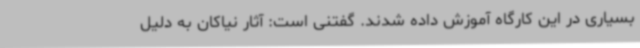
بسیاری در این کارگاه آموزش داده شدند. گفتنی است: آثار نیاکان به دلیل